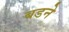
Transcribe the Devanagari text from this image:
बडने